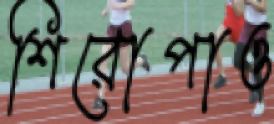
শিরোপাও